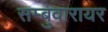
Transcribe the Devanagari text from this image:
सम्बुवारायर